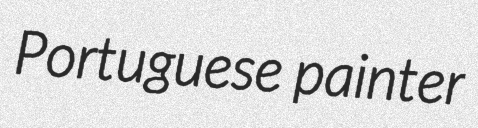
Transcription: Portuguese painter